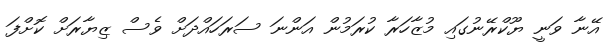
އޭނާ ވަނީ ޔޫކްރޭނުގައި މުޒާހަރާ ކުރަމުން އަންނަ ސަރަހައްދަށް ވެސް ޒިޔާރަށް ކޮށްފަ